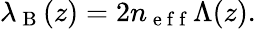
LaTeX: \lambda_{\mathrm{~B~}}(z)=2n_{\mathrm{~e~f~f~}}\Lambda(z).